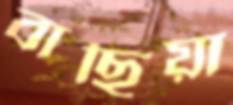
বাছিয়া